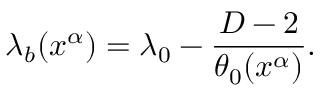
\lambda _ { b } ( x ^ { \alpha } ) = \lambda _ { 0 } - \frac { D - 2 } { \theta _ { 0 } ( x ^ { \alpha } ) } .